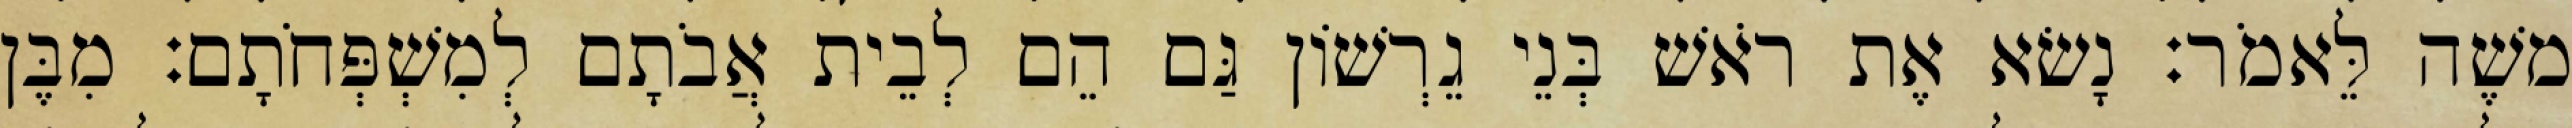
משֶׁה לֵּאמֹר׃ נָשׂא אֶת רֹאשׁ בְּנֵי גֵרְשׁוֹן גַּם הֵם לְבֵית אֲבֹתָם לְמִשְׁפְּחֹתָם׃ מִבֶּן